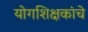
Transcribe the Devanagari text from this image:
योगशिक्षकांचे